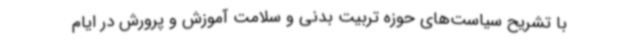
با تشریح سیاست‌های حوزه تربیت بدنی و سلامت آموزش و پرورش در ایام